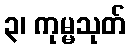
၃၊ ကုမ္မသုတ်